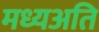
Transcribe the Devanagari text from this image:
मध्यअति